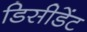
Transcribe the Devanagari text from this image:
डिसीडेंट